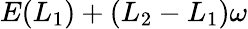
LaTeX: E(L_{1})+(L_{2}-L_{1})\omega